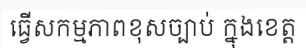
ធ្វើសកម្មភាពខុសច្បាប់ ក្នុងខេត្ត